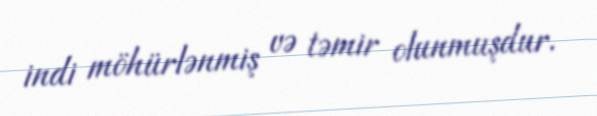
indi möhürlənmiş və təmir olunmuşdur.